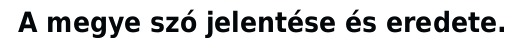
A megye szó jelentése és eredete.